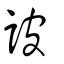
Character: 詖